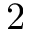
2